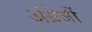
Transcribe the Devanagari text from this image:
अंग्रेजीं